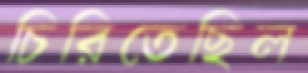
চিরিতেছিল